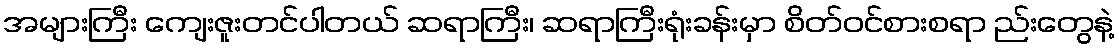
အများကြီး ကျေးဇူးတင်ပါတယ် ဆရာကြီး၊ ဆရာကြီးရုံးခန်းမှာ စိတ်ဝင်စားစရာ ည်းတွေနဲ့